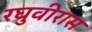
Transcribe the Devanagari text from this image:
रघुवीरास